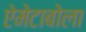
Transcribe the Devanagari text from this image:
ऐमेटाबोला